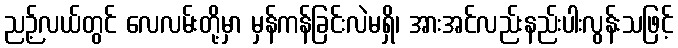
ညဉ့်လယ်တွင် လေလမ်းတို့မှာ မှန်ကန်ခြင်းလဲမရှိ၊ အားအင်လည်းနည်းပါးလွန်းသဖြင့်